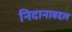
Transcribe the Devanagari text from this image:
निदानाबद्दल